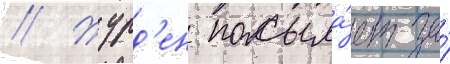
// Журд'ен посыла́ет за́